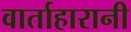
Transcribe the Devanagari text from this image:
वार्ताहारानी